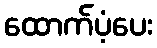
ထောက်ပံ့ပေး